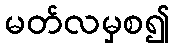
မတ်လမှစ၍